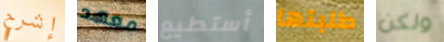
إشرح معهد أستطيع طلبتها ولكن